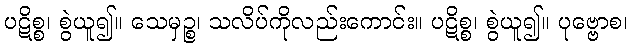
ပဋိစ္စ၊ စွဲယူ၍။ သေမှဉ္စ၊ သလိပ်ကိုလည်းကောင်း။ ပဋိစ္စ၊ စွဲယူ၍။ ပုဗ္ဗောစ၊